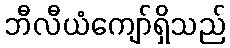
ဘီလီယံကျော်ရှိသည်